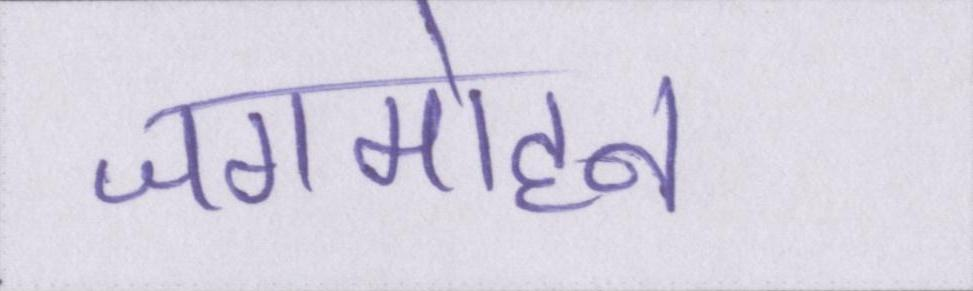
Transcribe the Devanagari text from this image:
जगमोहन